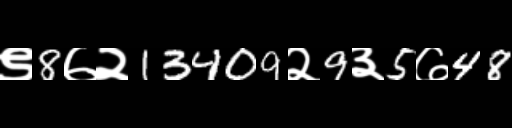
Text: ९8७२13409२9३5७48